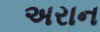
અરાન